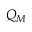
Q _ { M }